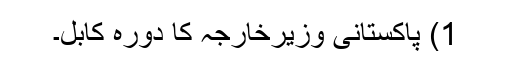
1) پاکستانی وزیرخارجہ کا دورہ کابل۔